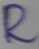
Text: R